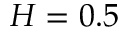
H = 0 . 5